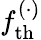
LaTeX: f_{\mathrm{th}}^{(\cdot)}